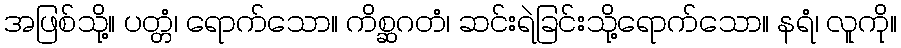
အဖြစ်သို့။ ပတ္တံ၊ ရောက်သော။ ကိစ္ဆဂတံ၊ ဆင်းရဲခြင်းသို့ရောက်သော။ နရံ၊ လူကို။